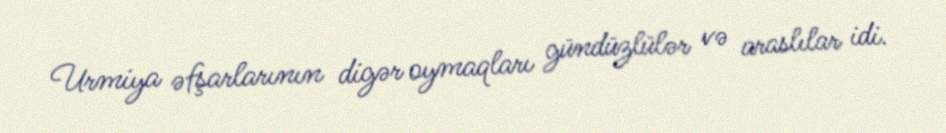
Urmiya əfşarlarının digər oymaqları gündüzlülər və araslılar idi.